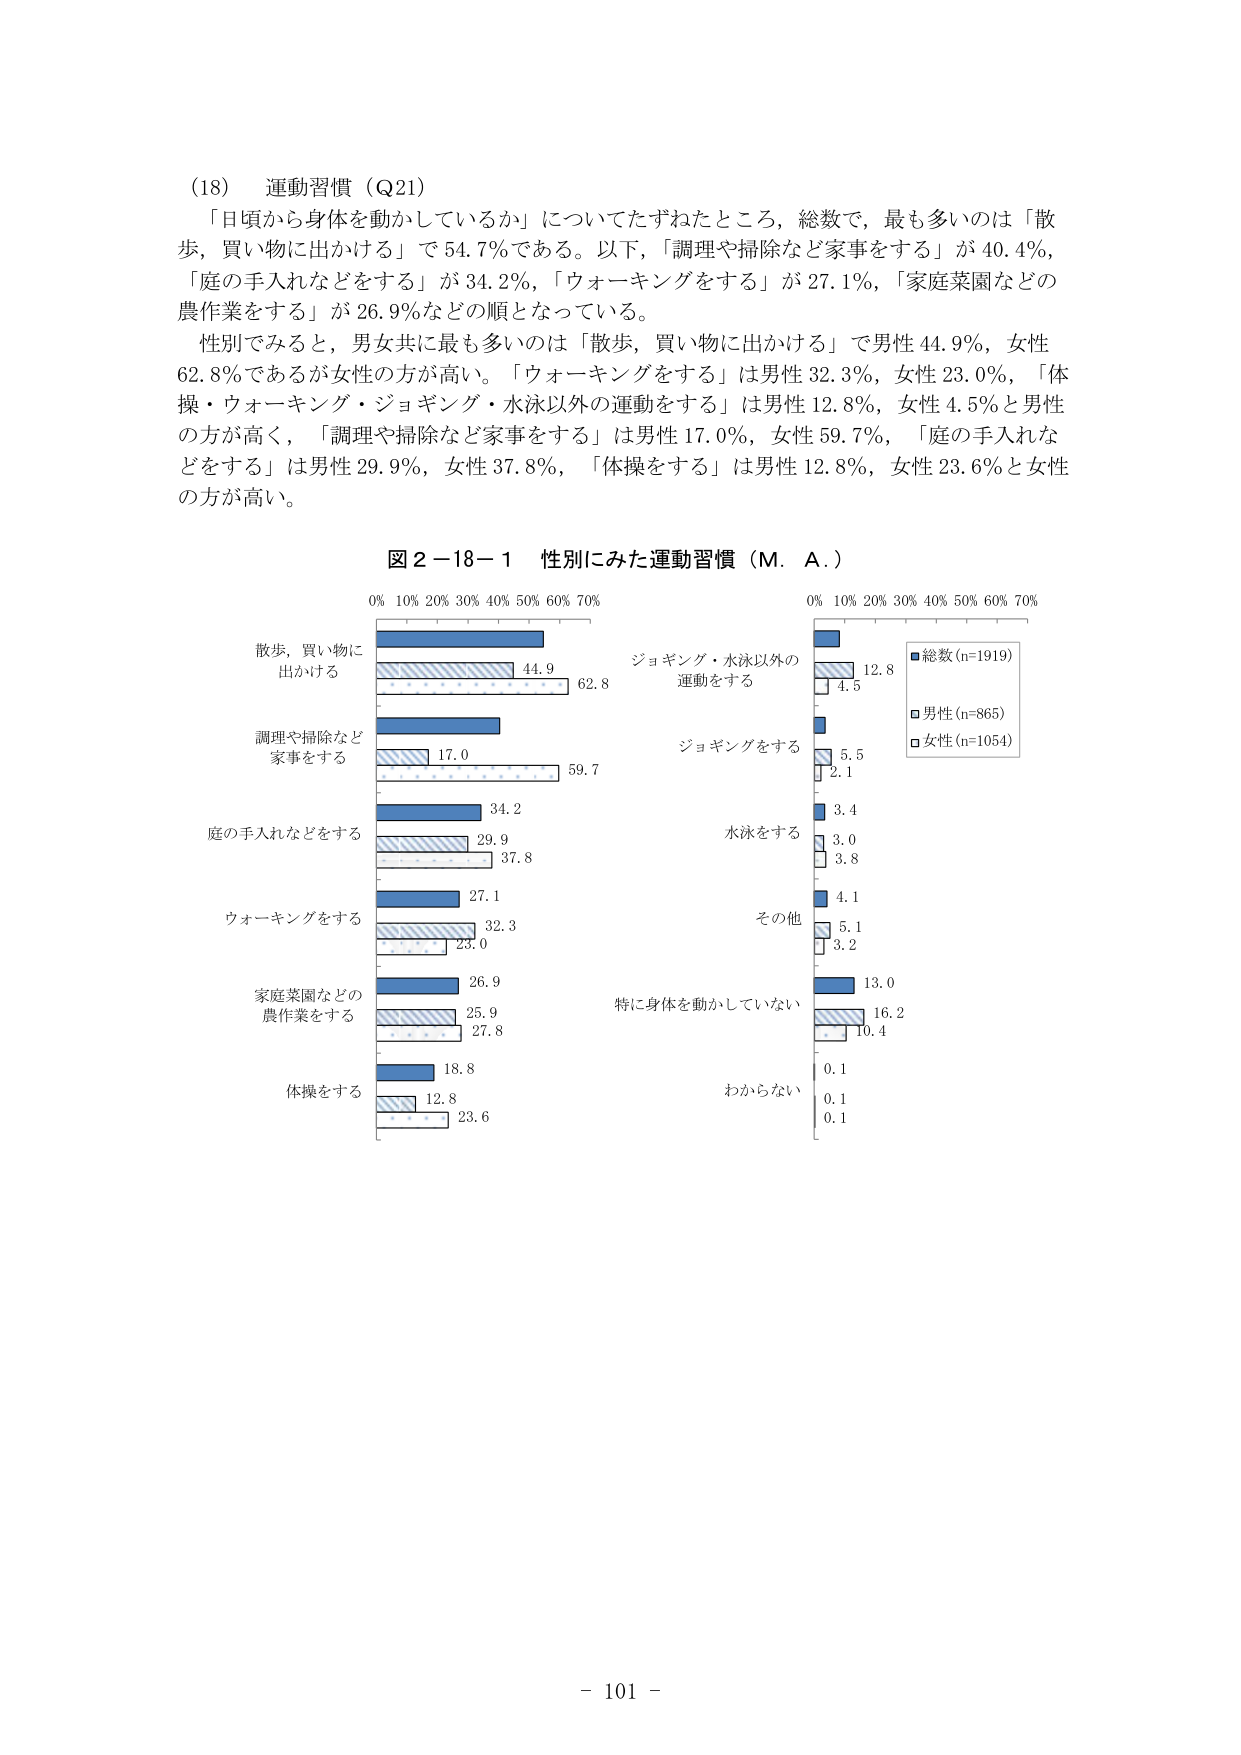
（18） 運動習慣（Q21）

「日頃から身体を動かしているか」についてたずねたところ，総数で，最も多いのは「散歩，買い物に出かける」で54.7％である。以下，「調理や掃除など家事をする」が40.4％，「庭の手入れなどををする」が34.2％，「ウォーキングをする」が27.1％，「家庭菜園などの農作業をする」が26.9％などの順となっている。

性別でみると，男女共に最も多いのは「散歩，買い物に出かける」で男性44.9％，女性62.8％であるが女性の方が高い。「ウォーキングをする」は男性32.3％，女性23.0％，「体操・ウォーキング・ジョギング・水泳以外の運動をする」は男性12.8％，女性4.5％と男性の方が高く，「調理や掃除など家事をする」は男性17.0％，女性59.7％，「庭の手入れなどををする」は男性29.9％，女性37.8％，「体操をする」は男性12.8％，女性23.6％と女性の方が高い。

図２－18－１ 性別にみた運動習慣（M．A．）

0% 10% 20% 30% 40% 50% 60% 70%
散歩，買い物に
出かける
44.9
62.8
調理や掃除など
家事をする
17.0
59.7
庭の手入れなどををする
34.2
29.9
37.8
ウォーキングをする
27.1
32.3
23.0
家庭菜園などの
農作業をする
26.9
25.9
27.8
体操をする
18.8
12.8
23.6

ジョギング・水泳以外の
運動をする
12.8
4.5
ジョギングをする
5.5
2.1
水泳をする
3.4
3.0
3.8
その他
4.1
5.1
3.2
特に身体を動かしていない
13.0
16.2
10.4
わからない
0.1
0.1
0.1

■総数(n=1919)
□男性(n=865)
□女性(n=1054)

- 101 -